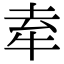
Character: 𤙏